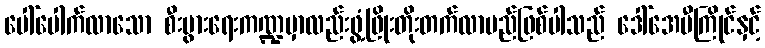
ပေါ်ပေါက်လာသော စီးပွားရေးကဏ္ဍမှာလည်းဖွံ့ဖြိုးတိုးတက်လာမည်ဖြစ်ပါသည် ဒေါ်အေမီကြိုင်နှင့်